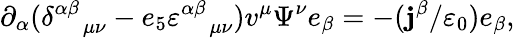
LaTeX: \partial_{\alpha}(\delta_{\quad\mu\nu}^{\alpha\beta}-e_{5}\varepsilon_{\quad\mu\nu}^{\alpha\beta})v^{\mu}\Psi^{\nu}e_{\beta}=-(\mathbf{j}^{\beta}/\varepsilon_{0})e_{\beta},